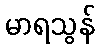
မာရသွန်